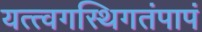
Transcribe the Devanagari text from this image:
यत्त्वगस्थिगतंपापं